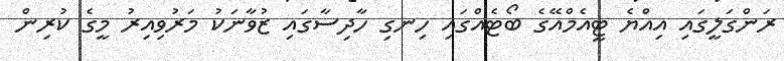
ރަންގަލީގައި އިއްޔެ ޓީއެމްއޭގެ ބޯޓެއްގައި ހިނގި ހާދިސާގައި ޒުވާނަކު މަރުވިއިރު މީގެ ކުރިން